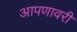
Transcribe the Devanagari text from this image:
आपणावरी